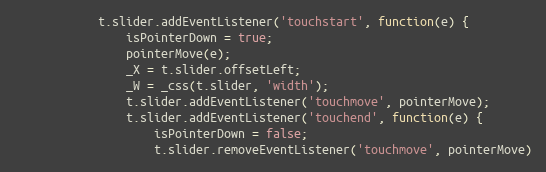
Language: JavaScript
			t.slider.addEventListener('touchstart', function(e) {
				isPointerDown = true;
				pointerMove(e);
				_X = t.slider.offsetLeft;
				_W = _css(t.slider, 'width');
				t.slider.addEventListener('touchmove', pointerMove);
				t.slider.addEventListener('touchend', function(e) {
					isPointerDown = false;
					t.slider.removeEventListener('touchmove', pointerMove)